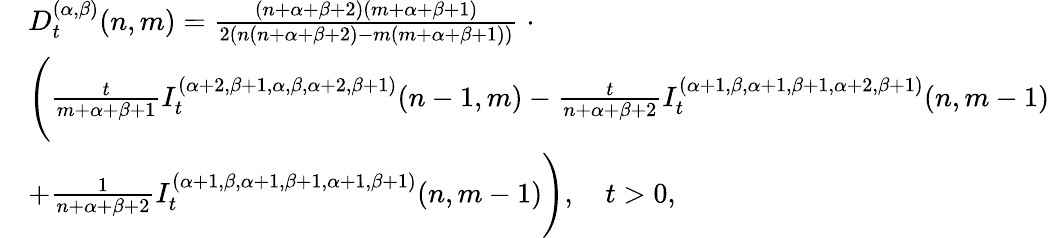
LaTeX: \begin{array}{rl}&{D_{t}^{(\alpha,\beta)}(n,m)=\frac{(n+\alpha+\beta+2)(m+\alpha+\beta+1)}{2(n(n+\alpha+\beta+2)-m(m+\alpha+\beta+1))}\; \cdot}\\ &{\Bigg(\frac{t}{m+\alpha+\beta+1}I_{t}^{(\alpha+2,\beta+1,\alpha,\beta,\alpha+2,\beta+1)}{(n-1,m)}-\frac{t}{n+\alpha+\beta+2}I_{t}^{(\alpha+1,\beta,\alpha+1,\beta+1,\alpha+2,\beta+1)}{(n,m-1)}}\\ &{+\frac{1}{n+\alpha+\beta+2}I_{t}^{(\alpha+1,\beta,\alpha+1,\beta+1,\alpha+1,\beta+1)}{(n,m-1)}\Bigg),\quad t>0,}\end{array}